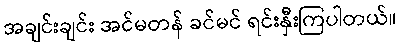
အချင်းချင်း အင်မတန် ခင်မင် ရင်းနှီးကြပါတယ်။